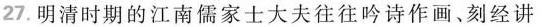
27.明清时期的江南儒家士大夫往往吟诗作画、刻经讲